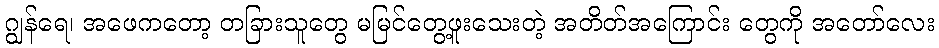
ဂျွန်ရေ၊ အဖေကတော့ တခြားသူတွေ မမြင်တွေ့ဖူးသေးတဲ့ အတိတ်အကြောင်း တွေကို အတော်လေး